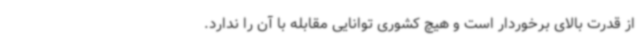
از قدرت بالای برخوردار است و هیچ کشوری توانایی مقابله با آن را ندارد.